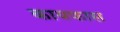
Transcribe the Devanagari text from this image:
कायफास